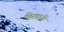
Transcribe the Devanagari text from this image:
किरवानी